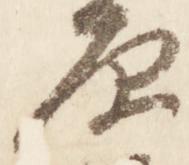
原